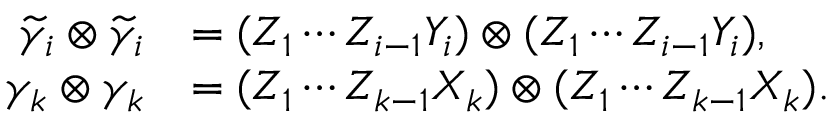
\begin{array} { r l } { \widetilde { \gamma } _ { i } \otimes \widetilde { \gamma } _ { i } } & { = ( Z _ { 1 } \cdots Z _ { i - 1 } Y _ { i } ) \otimes ( Z _ { 1 } \cdots Z _ { i - 1 } Y _ { i } ) , } \\ { \gamma _ { k } \otimes \gamma _ { k } } & { = ( Z _ { 1 } \cdots Z _ { k - 1 } X _ { k } ) \otimes ( Z _ { 1 } \cdots Z _ { k - 1 } X _ { k } ) . } \end{array}